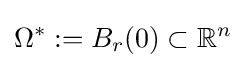
\Omega ^{*}:=B_{r}(0)\subset \mathbb {R} ^{n}